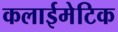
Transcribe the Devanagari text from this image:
कलाईमेटिक